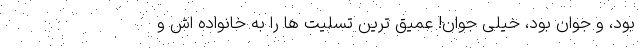
بود، و جوان بود، خیلی جوان! عمیق ترین تسلیت ها را به خانواده اش و